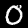
Digit: 0